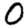
Digit: 0